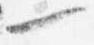
一